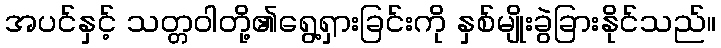
အပင်နှင့် သတ္တဝါတို့၏ရွေ့ရှားခြင်းကို နှစ်မျိုးခွဲခြားနိုင်သည်။